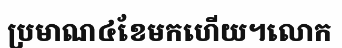
ប្រមាណ៤ខែមកហើយ។លោក